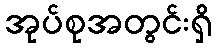
အုပ်စုအတွင်းရှိ